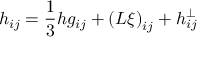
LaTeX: h _ { i j } = \frac 1 3 h g _ { i j } + \left( L \xi \right) _ { i j } + h _ { i j } ^ { \bot }